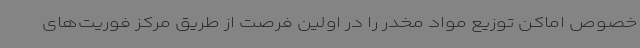
خصوص اماکن توزیع مواد مخدر را در اولین فرصت از طریق مرکز فوریت‌های